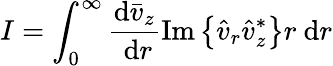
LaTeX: I=\int_{0}^{\infty}\frac{\mathrm{d}\bar{v}_{z}}{\mathrm{~d}r}\operatorname{Im}\left\{ \hat{v}_{r}\hat{v}_{z}^{*}\right\} r\mathrm{~d}r